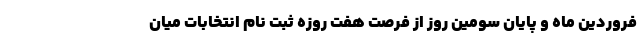
فروردین ماه و پایان سومین روز از فرصت هفت روزه ثبت نام انتخابات میان